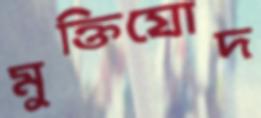
মুক্তিযোদ